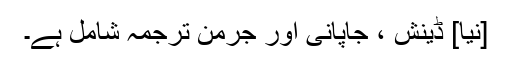
[نیا] ڈینش ، جاپانی اور جرمن ترجمہ شامل ہے۔